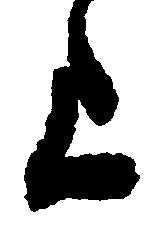
上